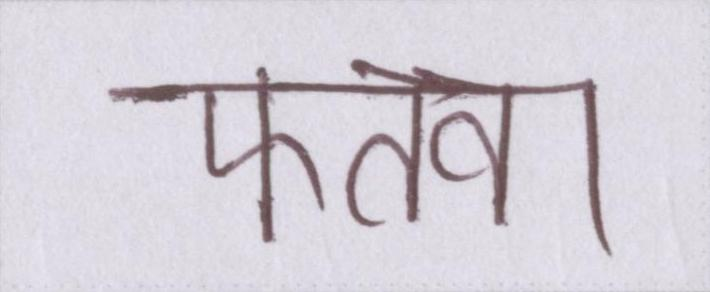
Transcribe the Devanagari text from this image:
फतवा